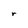
Character: r